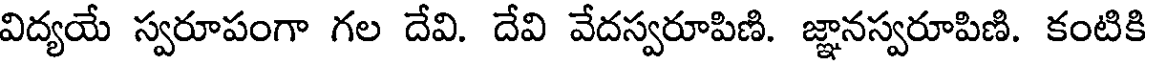
విద్యయే స్వరూపంగా గల దేవి. దేవి వేదస్వరూపిణి. జ్ఞానస్వరూపిణి. కంటికి